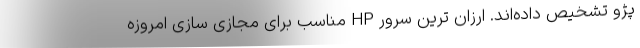
پژو تشخیص داده‌اند. ارزان ترین سرور HP مناسب برای مجازی سازی امروزه